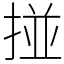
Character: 掽